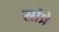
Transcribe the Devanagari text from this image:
सांप्रे